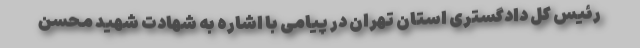
رئیس کل دادگستری استان تهران در پیامی با اشاره به شهادت شهید محسن